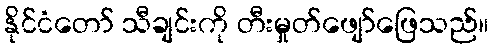
နိုင်ငံတော် သီချင်းကို တီးမှုတ်ဖျော်ဖြေသည်။